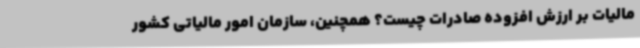
مالیات بر ارزش افزوده صادرات چیست؟ همچنین، سازمان امور مالیاتی کشور